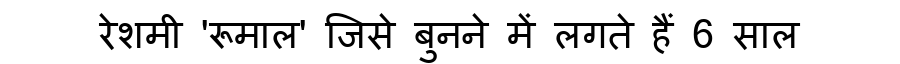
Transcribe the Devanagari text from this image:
रेशमी 'रूमाल' जिसे बुनने में लगते हैं 6 साल